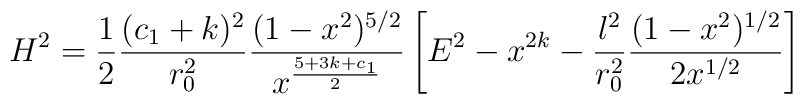
H^2 = \frac{1}{2} \frac{(c_1 + k)^2}{r_0^2}\frac{(1-x^2)^{5/2}}{x^{\frac{5+3k+c_1}{2}}} \left[ E^2 - x^{2k} -\frac{l^2}{r_0^2} \frac{(1-x^2)^{1/2}}{2x^{1/2}} \right]